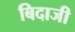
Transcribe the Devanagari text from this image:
बिदाजी